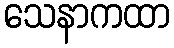
သေနာကထာ